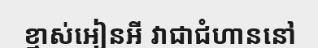
ខ្មាស់អៀនអី វាជាជំហាននៅ